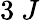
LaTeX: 3~J